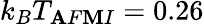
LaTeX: k_{B}T_{\mathbf{A}F\mathbf{M}I}=0.26